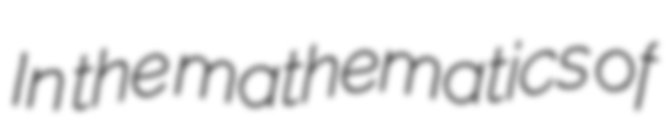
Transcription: In the mathematics of